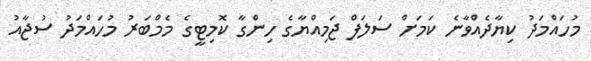
މުހައްމަދު ކިޔާދެއްވާނެ ކަމަށް ސަލަފް ޖަމިއްޔާގެ ހިންގާ ކޮމިޓީގެ މެމްބަރު މުހައްމަދު ސުޖާއު